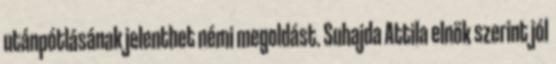
utánpótlásának jelenthet némi megoldást. Suhajda Attila elnök szerint jól